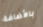
بالأضافة